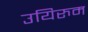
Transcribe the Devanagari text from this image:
उयिरुम